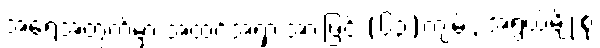
အရေအတွက်မှာ အထင်အရှားအားဖြင့် (၆၃)ကျမ်း, အရွယ်မျိုးစုံ